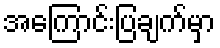
အကြောင်းပြချက်မှာ